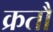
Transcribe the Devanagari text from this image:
क्रतौ